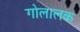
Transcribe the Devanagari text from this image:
गोलालक